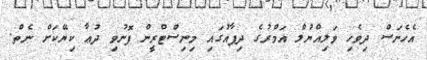
އެހެނަސް ދިވެހި ވަލިއްޔުލް އަމްރުގެ ދިފާއުގައި މިނިސްޓްރީން ފޮނުވި ދުޢާ ކިޔޭކަށް ނެތް.